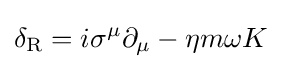
\delta _{\rm {R}}=i\sigma ^{\mu }\partial _{\mu }-\eta m\omega K